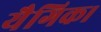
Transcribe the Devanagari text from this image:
यैगिक।